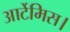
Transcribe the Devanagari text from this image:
आर्टेमिस।